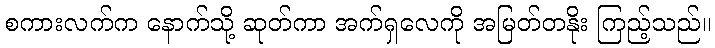
စကားလက်က နောက်သို့ ဆုတ်ကာ အက်ရှလေကို အမြတ်တနိုး ကြည့်သည်။